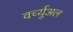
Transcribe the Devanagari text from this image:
वर्च्युअल